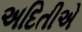
અદિતીએ